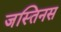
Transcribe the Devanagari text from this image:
जस्तिनस